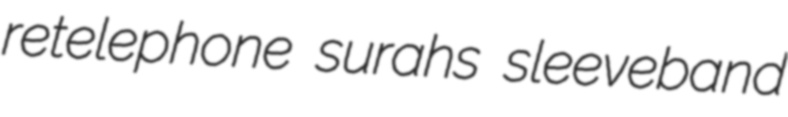
retelephone surahs sleeveband